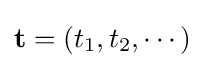
\mathbf {t} =(t_{1},t_{2},\cdots )